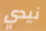
نيدي